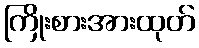
ကြိုးစားအားထုတ်